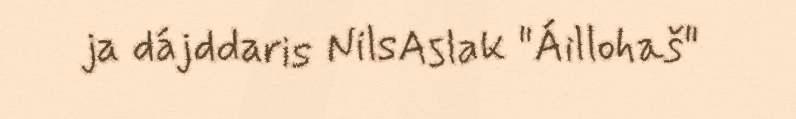
ja dájddaris NilsAslak "Áillohaš"